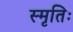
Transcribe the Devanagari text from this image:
स्मृतिः